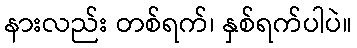
နားလည်း တစ်ရက်၊ နှစ်ရက်ပါပဲ။